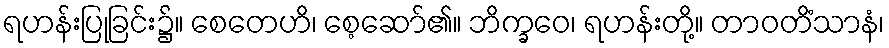
ရဟန်းပြုခြင်း၌။ စေတေဟိ၊ စေ့ဆော်၏။ ဘိက္ခဝေ၊ ရဟန်းတို့။ တာဝတိံသာနံ၊